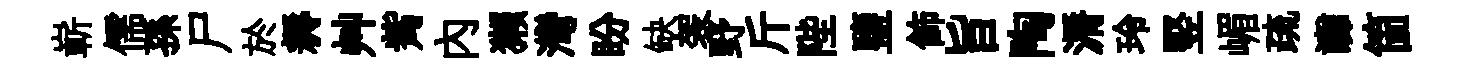
嶄儒孫尸於耨艸觜内獺灣盼缺袈野斤陛鹽飾旨陶漘玲竪嵋疏讟箇